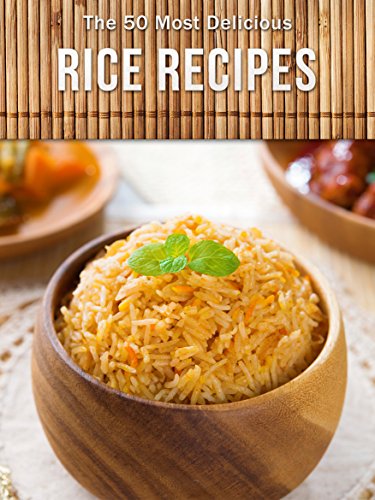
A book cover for Top 50 Most Delicious Rice Recipes (Recipe Top 50's Book 80); Julie Hatfield; Cookbooks, Food & Wine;